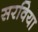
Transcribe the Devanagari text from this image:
सरविया